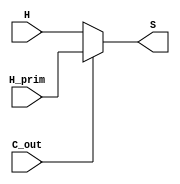

module SumCoputationZero(
    input H,
    input H_prim,
    input C_out,
    output S
);
    assign S = (C_out == 1'b0)? H : H_prim;
endmodule

module SumCoputationNormal(
    input H,
    input H_prim,
    input C,
    input C_prim,
    input C_out,
    output S
);
    assign S = (C_out == 1'b0)? H ^ C : H_prim ^ C_prim;
endmodule

module SumComputation  #(parameter N = 8) (
    input [N -1 :0] C,
    input [N -1:0] C_prim,
    input [N - 1:0] H,
    input [N - 1:0] H_prim,
    
    output [N - 1 : 0] sum
);
    genvar i;
    SumCoputationZero zero(
        .H(H[0]),
        .H_prim(H_prim[0]),
        .C_out(C[N-1] | C_prim[N-1]),
        .S(sum[0])
    );

    for (i = 1; i < N; i = i + 1) begin
        SumCoputationNormal norm(
            .H(H[i]),
            .H_prim(H_prim[i]),
            .C(C[i-1]),
            .C_prim(C_prim[i-1]),
            .C_out(C[N-1] | C_prim[N-1]),
            .S(sum[i])
        );
    end
endmodule
    
module ParallelPrefixSingle (
    input G,
    input P,
    input P_prev,
    input G_prev,
    output G_out,
    output P_out
);
    assign P_out = P & P_prev;
    assign G_out = G | (G_prev & P);
endmodule


module ParallelPrefix #(parameter N = 8) (
    input [N -1 : 0] G,
    input [N -1 : 0] P,
    input [N -1 : 0] G_prim,
    input [N -1 : 0] P_prim,

    output [N -1: 0] C,
    output [N -1: 0] C_prim
);
	parameter levels = $clog2(N);
    genvar i;
    genvar j;
    wire [N-1: 0] G_W[levels: 0];
    wire [N-1: 0] P_W[levels: 0];
    wire [N-1: 0] P_prim_W[levels: 0];
    wire [N-1: 0] G_prim_W[levels: 0];

    for ( i = 0; i <= levels; i = i + 1) begin
        assign G_W[i][0] = G[0];
        assign P_W[i][0] = P[0];
        assign G_prim_W[i][0] = G_prim[0];
        assign P_prim_W[i][0] = P_prim[0];
    end

    for (i = 1; i < N; i = i + 1) begin
        if(i[0] == 1'b1) begin
                ParallelPrefixSingle prefixNormal(
                    .G(G[i]),
                    .P(P[i]),
                    .G_prev(G[i-1]),
                    .P_prev(P[i-1]),
                    .G_out(G_W[0][i]),
                    .P_out(P_W[0][i])
                );
                ParallelPrefixSingle prefixPrim(
                    .G(G_prim[i]),
                    .P(P_prim[i]),
                    .G_prev(G_prim[i-1]),
                    .P_prev(P_prim[i-1]),
                    .G_out(G_prim_W[0][i]),
                    .P_out(P_prim_W[0][i])
                );
            end
        else begin
            assign G_W[0][i] = G[i];
            assign P_W[0][i] = P[i];
            assign G_prim_W[0][i] = G_prim[i];
            assign P_prim_W[0][i] = P_prim[i];
        end
    end

    for ( i = 1; i <= levels; i = i + 1) begin
        for ( j = 0; j < N; j = j + 1) begin
            if(j[i] == 1'b1) begin
                localparam index_of_Source = j - (j % (2**i) + 1);

                ParallelPrefixSingle prefixNormal(
                    .G(G_W[i-1][j]),
                    .P(P_W[i-1][j]),
                    .G_prev(G_W[i-1][index_of_Source]),
                    .P_prev(P_W[i-1][index_of_Source]),
                    .G_out(G_W[i][j]),
                    .P_out(P_W[i][j])
                );

                ParallelPrefixSingle prefixPrim(
                    .G(G_prim_W[i-1][j]),
                    .P(P_prim_W[i-1][j]),
                    .G_prev(G_prim_W[i-1][index_of_Source]),
                    .P_prev(P_prim_W[i-1][index_of_Source]),
                    .G_out(G_prim_W[i][j]),
                    .P_out(P_prim_W[i][j])
                );
            end

            else begin
            assign G_W[i][j] = G_W[i-1][j];
            assign G_prim_W[i][j] = G_prim_W[i-1][j];
            assign P_W[i][j] = P_W[i-1][j];
            assign P_prim_W[i][j] = P_prim_W[i-1][j];
            end
        end
    end

    for (i = 1; i <= N; i = i + 1) begin
        assign C[i-1] = G_W[levels][i-1];
        assign C_prim[i - 1] = G_prim_W[levels][i-1];
    end

endmodule

module PreProcessingSingle (
    input num1,
    input num2,
    
    output H,
    output G,
    output P
);
    assign H = num1 ^ num2;
    assign G = num1 & num2;
    assign P = num1 | num2;
endmodule

module PreProcessing #(parameter N = 8) (
    input [N - 1: 0] num1,
    input [N - 1: 0] num2,
    input [N - 1: 0] num1_prim,
    input [N : 0] num2_prim,

    output [N - 1: 0] H,
    output [N - 1: 0] G,
    output [N - 1: 0] P,
    output [N - 1: 0] H_prim,
    output [N - 1: 0] G_prim,
    output [N - 1: 0] P_prim
);
    genvar i;
    for (i = 0; i < N; i = i + 1) begin
        PreProcessingSingle preprocessNorm(
            .num1(num1[i]),
            .num2(num2[i]),
            .H(H[i]),
            .G(G[i]),
            .P(P[i])
        );

        PreProcessingSingle preprocessPrim(
            .num1(num1_prim[i]),
            .num2(num2_prim[i]),
            .H(H_prim[i]),
            .G(G_prim[i]),
            .P(P_prim[i])
        );
    end
endmodule
module numbersPrimSingle(
    input num1,
    input num2,
    input k,

    output num1_Prim,
    output num2_Prim
);
    assign num1_Prim = (k == 1'b0) ? num1^num2 : ~(num1 ^ num2);
    assign num2_Prim = (k == 1'b0) ? (num1 & num2) : (num1|num2);
endmodule

module numbersPrim #(parameter N = 8) (
    input [N-1 :0] number1,
    input [N-1 :0] number2,
    input [N-1 :0] k,

    output [N-1: 0] number1_prim,
    output [N: 0] number2_prim
);  
    genvar i;
    assign number2_prim[0] = 1'b0;
    for (i = 0; i < N; i = i + 1) begin
        numbersPrimSingle lol(
            .num1(number1[i]),
            .num2(number2[i]),
            .k(k[i]),
            .num1_Prim(number1_prim[i]),
            .num2_Prim(number2_prim[i+1])
        );
    end
endmodule

module hello_world;
    parameter N = 7;

	reg [N - 1:0] a;
	reg [N - 1:0] b;
	reg [N - 1:0] k;

    wire [N - 1:0] a_prim;
    wire [N : 0] b_prim;

    wire [N - 1:0] H;
    wire [N - 1:0] G;
    wire [N - 1:0] P;

    wire [N - 1:0] H_prim;
    wire [N - 1:0] G_prim;
    wire [N - 1:0] P_prim;

    wire [N -1:0] C;
    wire [N -1:0] C_prim;

    wire [N - 1 :0] SUM;
    reg niepoprawne;
    reg [N - 1 :0] spodziewany_wynik;

    numbersPrim #(N) numbers_Prim(
        .number1(a),
        .number2(b),
        .k(k),
        .number1_prim(a_prim),
        .number2_prim(b_prim)
    );
    
    PreProcessing #(N) preprocess(
        .num1(a),
        .num2(b),
        .num1_prim(a_prim),
        .num2_prim(b_prim),

        .H(H),
        .G(G),
        .P(P),
        .H_prim(H_prim),
        .G_prim(G_prim),
        .P_prim(P_prim)
    );

    ParallelPrefix #(N) parapre(
        .G(G),
        .P(P),
        .G_prim(G_prim),
        .P_prim(P_prim),
        .C(C),
        .C_prim(C_prim)
    );

    SumComputation #(N) sumcomp(
        .H(H),
        .C(C),
        .H_prim(H_prim),
        .C_prim(C_prim),
        .sum(SUM)
    );

    initial begin
		niepoprawne = 0;
            for(k = 3; k < 2**(N-1); k = k + 1) begin
                for(a = 0; a < 2**N-k; a=a+1) begin
                    for(b = 0; b < 2**N-k; b=b+1) begin
                        if(niepoprawne == 0) begin
                            spodziewany_wynik= (a + b) % (2**N-k);
                            #10;
                            $display("Expected: %d, Actual: %d, A: %d, B: %d, K: %d", spodziewany_wynik, SUM, a, b, k);
                            if(spodziewany_wynik != SUM) begin
                                niepoprawne = 1;
                            end
                        end
                    end
                end
            end
            #150;
        end
    
endmodule